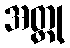
အတ္ထု